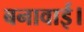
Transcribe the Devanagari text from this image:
बनावाई।